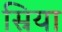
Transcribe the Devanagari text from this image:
स्रिया